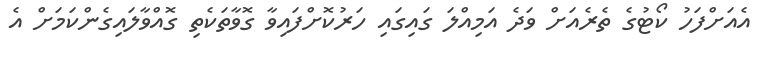
އެއަށްފަހު ކޯޓުގެ ތެރެއަށް ވަދެ އަމިއްލަ ގައިގައި ހަރުކޮށްފައިވާ ގޮވާތަކެތި ގޮއްވާލައިގެންކަމަށް އެ